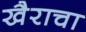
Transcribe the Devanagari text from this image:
खैराचा